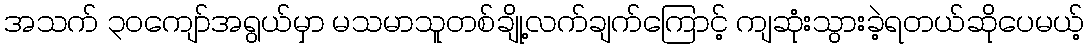
အသက် ၃၀ကျော်အရွယ်မှာ မသမာသူတစ်ချို့လက်ချက်ကြောင့် ကျဆုံးသွားခဲ့ရတယ်ဆိုပေမယ့်